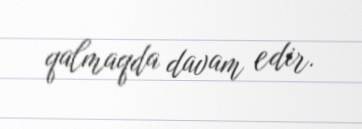
qalmaqda davam edir.